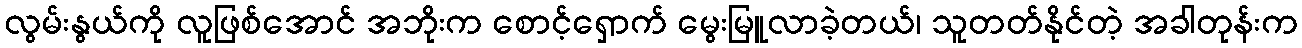
လွမ်းနွယ်ကို လူဖြစ်အောင် အဘိုးက စောင့်ရှောက် မွေးမြူလာခဲ့တယ်၊ သူတတ်နိုင်တဲ့ အခါတုန်းက